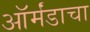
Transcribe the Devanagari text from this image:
ऑर्मंडाचा